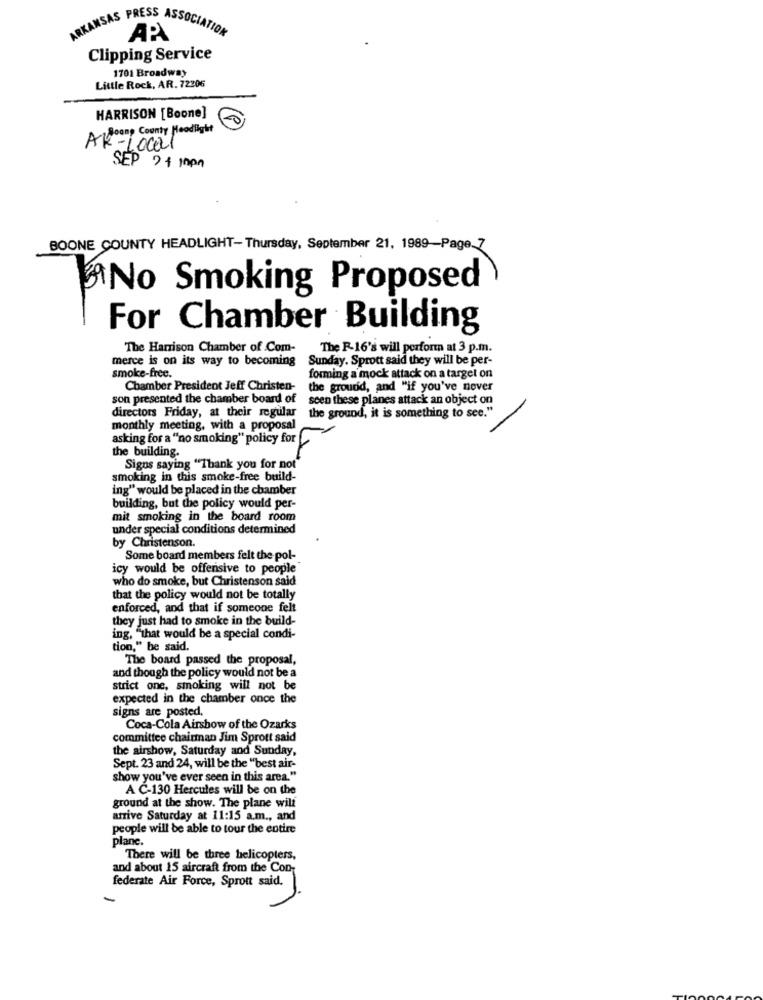
ARKANSAS PRESS ASSOCIATION
AP
Clipping Service
1701 Broadway
Little Rock, AR. 72206
HARRISON [Boone]
A Room! County Headlight
-Local
SEP 21 1pm
BOONE COUNTY HEADLIGHT- Thursday, September 21, 1989-Page.7
No Smoking Proposed
For Chamber Building
The Harrison Chamber of Com-
The F-16's will perform at 3 p.m.
merce is on its way to becoming
Sunday. Sprott said they will be per-
smoke-free.
forming a mock attack on a target on
Chamber President Jeff Christen- the ground, and "if you've never
son presented the chamber board of
seen these planes attack an object on
directors Friday, at their regular
the ground, it is something to see."
monthly meeting, with a proposal
asking for a "no smoking" policy for
the building.
Signs saying "Thank you for not
smoking in this smoke-free build-
ing" would be placed in the chamber
building, but the policy would per-
mit smoking in the board room
under special conditions determined
by Christenson.
Some board members felt the pol-
icy would be offensive to people"
who do smoke, but Christenson said
that the policy would not be totally
enforced, and that if someone felt
they just had to smoke in the build-
ing, "that would be a special condi-
tion," be said.
The board passed the proposal,
and though the policy would not be a
strict one, smoking will not be
expected in the chamber once the
signs are posted.
Coca-Cola Airshow of the Ozarks
committee chairman Jim Sprott said
the airshow, Saturday and Sunday,
Sept. 23 and 24, will be the "best air-
show you've ever seen in this area."
A C-130 Hercules will be on the
ground at the show. The plane will
arrive Saturday at 11:15 a.m ., and
people will be able to tour the entire
plane.
There will be three helicopters,
and about 15 aircraft from the Con-
federate Air Force, Sprott said.
-